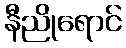
နီညိုရောင်